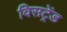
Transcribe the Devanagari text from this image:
विसट्रेंड